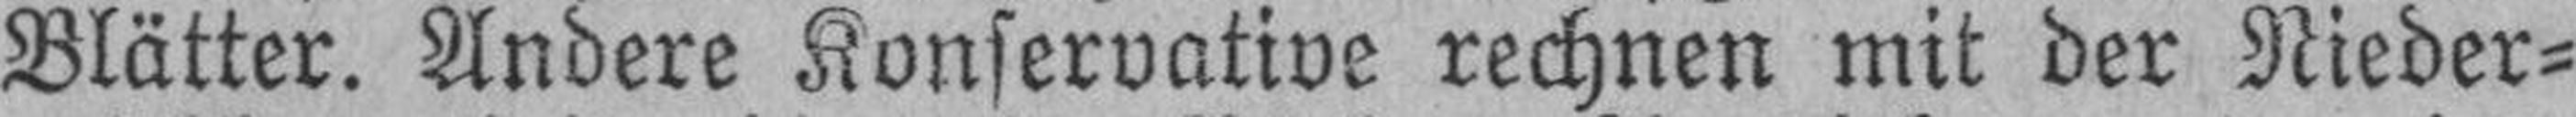
Blätter. Andere Konservative rechnen mit der Nieder¬